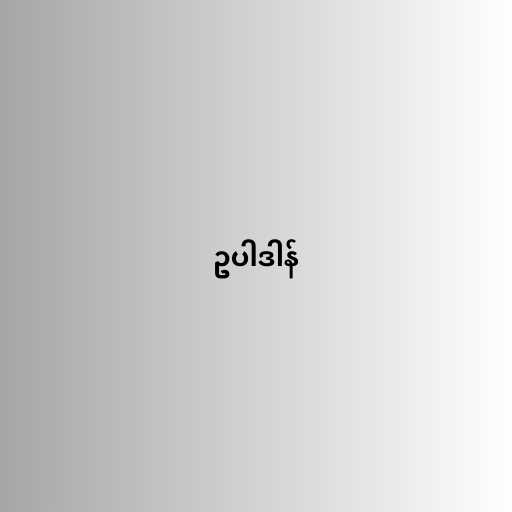
ဥပါဒါန်